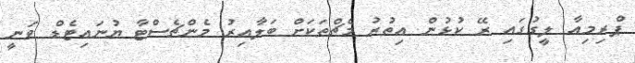
ޕްރިމިއާ ލީގުގައި ރޭ ކުޅުން އިތުރު މެޗްތަކަށް ބަލާއިރު މެންޗެސްޓާ ޔުނައިޓެޑް ވަނީ